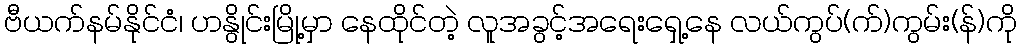
ဗီယက်နမ်နိုင်ငံ၊ ဟနွိုင်းမြို့မှာ နေထိုင်တဲ့ လူအခွင့်အရေးရှေ့နေ လယ်ကွပ်(က်)ကွမ်း(န်)ကို